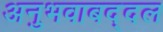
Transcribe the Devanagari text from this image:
अनुभवाबद्दल